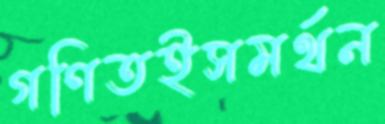
গণিতইসমর্থন